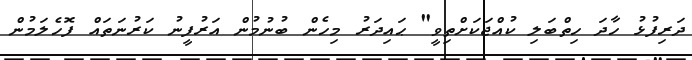
ދަރިފުޅު ހާދަ ހިތްބަލި ކުއްޖަކަށްތިވީ" ޙައިދަރު މިހެން ބުނުމުން އަރުފީނު ކަރުނަތައް ފޮހެލަމުން